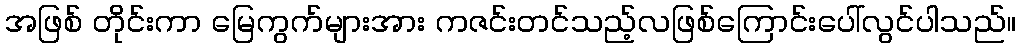
အဖြစ် တိုင်းကာ မြေကွက်များအား ကဇင်းတင်သည့်လဖြစ်ကြောင်းပေါ်လွင်ပါသည်။